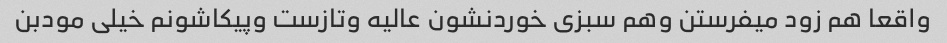
واقعا هم زود میفرستن وهم سبزی خوردنشون عالیه وتازست وپیکاشونم خیلی مودبن